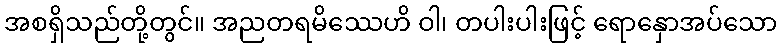
အစရှိသည်တို့တွင်။ အညတရမိဿေဟိ ဝါ၊ တပါးပါးဖြင့် ရောနှောအပ်သော